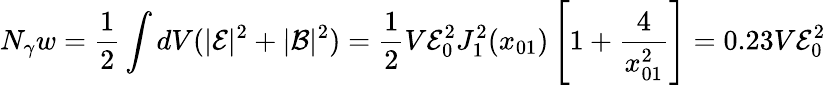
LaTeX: N_{\gamma}w=\frac{1}{2}\int dV(|{\cal{E}}|^{2}+|{\cal{B}}|^{2})=\frac{1}{2}V{\cal{E}}_{0}^{2}J_{1}^{2}(x_{01})\left[1+\frac{4}{x_{01}^{2}}\right]=0.23V{\cal E}_{0}^{2}